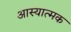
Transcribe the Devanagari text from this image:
आस्यात्मक